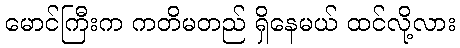
မောင်ကြီးက ကတိမတည် ရှိနေမယ် ထင်လို့လား